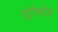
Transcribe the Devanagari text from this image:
एंट्रेसोल